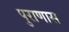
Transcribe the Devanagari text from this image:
पुराणास